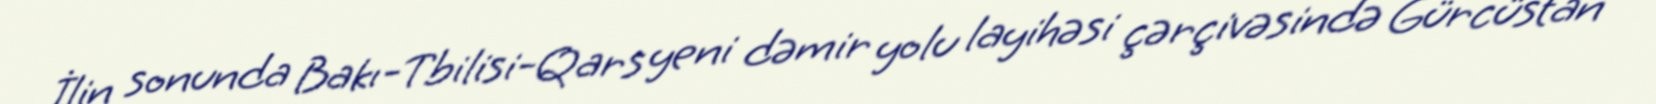
İlin sonunda Bakı-Tbilisi-Qars yeni dəmir yolu layihəsi çərçivəsində Gürcüstan